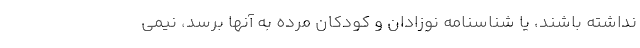
نداشته باشند، يا شناسنامه نوزادان و كودكان مرده به آنها برسد، نيمي